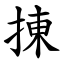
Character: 㨂